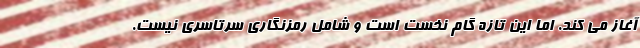
آغاز می کند. اما این تازه گام نخست است و شامل رمزنگاری سرتاسری نیست.